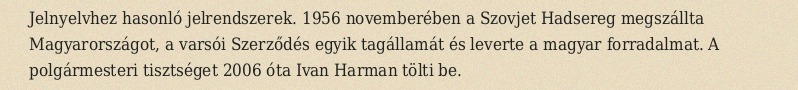
Jelnyelvhez hasonló jelrendszerek. 1956 novemberében a Szovjet Hadsereg megszállta Magyarországot, a varsói Szerződés egyik tagállamát és leverte a magyar forradalmat. A polgármesteri tisztséget 2006 óta Ivan Harman tölti be.